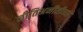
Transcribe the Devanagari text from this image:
नीतिअनीतीच्या